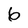
Character: 6